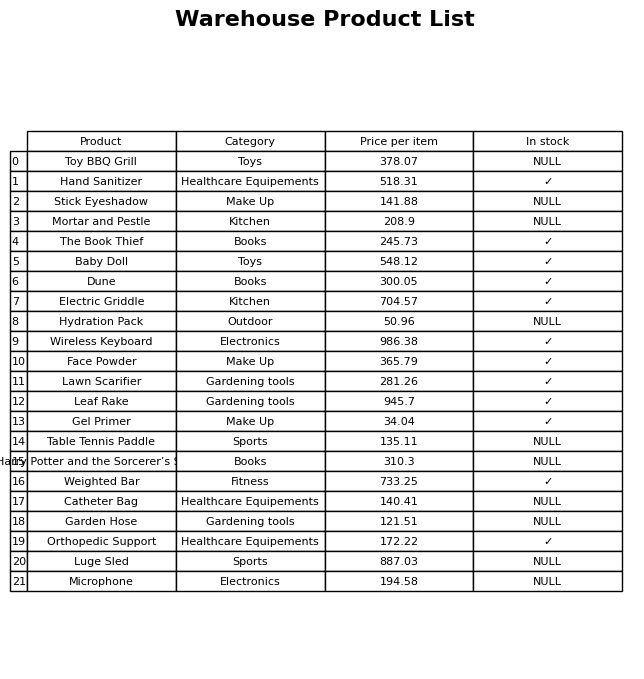
question: Is the Wireless Keyboard in stock?
answer: ✓